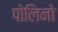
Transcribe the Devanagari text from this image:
पोलिनो